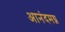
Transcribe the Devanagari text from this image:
आनंदमग्न